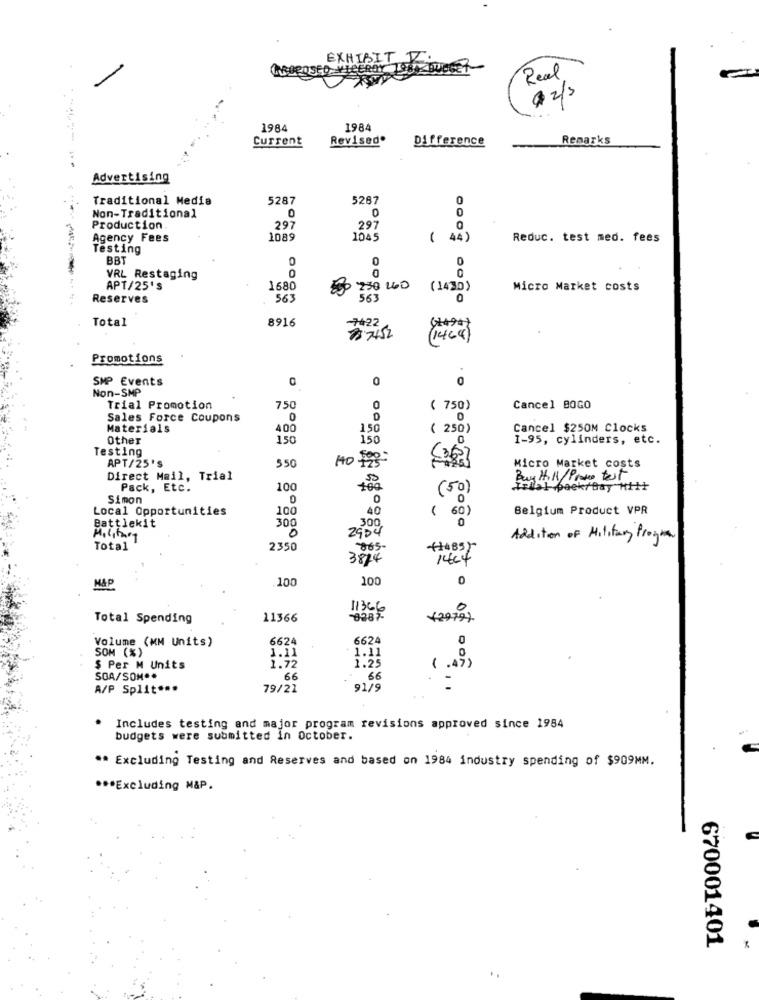
EXHIBIT Z.
ED VICEROY 1980 BUDGET
Real
02/3
1984
1984
Current
Revised.
Difference
Remarks
Advertising
Traditional Media
5287
5267
0
0
Non-Traditional
0
Production
297
297
0
Agency Fees
1089
1045
( 44)
Reduc. test med. fees
Testing
BBT
0
0
0
0
VRL Restaging
APT/25's
1680
230 140
(1430)
Micro Market costs
Reserves
563
563
Total
8916
-7422
(+494)
887452
(1464)
Promotions
SMP Events
0
0
Non-SMP
Trial Promotion
750
0
( 750)
Cancel BOGO
Sales Force Coupons
0
0
Materials
400
150
( 250)
Cancel $250M Clocks
Other
150
150
0
1-95, cylinders, etc.
Testing
550
APT/25'S
Micro Market costs
Direct Mail, Trial
Buy HIN/ Proto test
Pack, Etc.
100
100
Irial pack/Day Mi
Simon
0
( 50)
Local Opportunities
100
40
Belgium Product VPR
Battlekit
( 60 )
300
2904
300
Addition of Military Progra
Total
2350
3824
14c4
MAP
100
100
0
Total Spending
11366
( 2979).
6624
6624
0
SOM (%)
Volume (MM Units)
1.11
1.11
$ Per M Units
1.72
1.29
( .4)
SOA/SOM **
66
66
A/P Split ...
79/21
92/9
:
Includes testing and major program revisions approved since 1984
budgets were submitted in October.
** Excluding Testing and Reserves and based on 1984 industry spending of $909MM.
*** Excluding M&P.
670001401